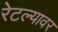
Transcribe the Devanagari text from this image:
रेटल्यावर